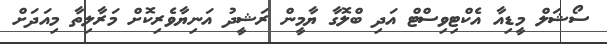
ސޯޝަލް މީޑިއާ އެކްޓިވިސްޓް އަދި ބްލޮގާ ޔާމީން ރަޝީދު އަނިޔާވެރިކޮށް މަރާލިތާ މިއަދަށް